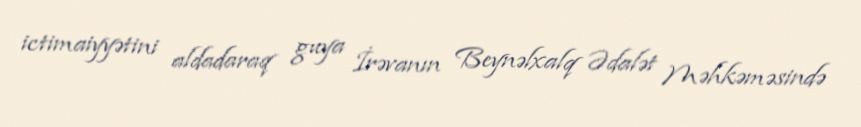
ictimaiyyətini aldadaraq guya İrəvanın Beynəlxalq Ədalət Məhkəməsində